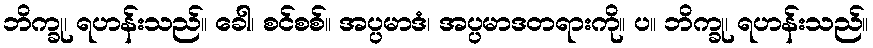
ဘိက္ခု၊ ရဟန်းသည်။ ခေါ၊ စင်စစ်။ အပ္ပမာဒံ၊ အပ္ပမာဒတရားကို။ ပ။ ဘိက္ခု၊ ရဟန်းသည်။